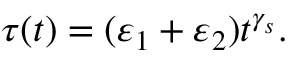
\tau ( t ) = ( \varepsilon _ { 1 } + \varepsilon _ { 2 } ) t ^ { \gamma _ { s } } .